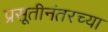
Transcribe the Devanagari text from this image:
प्रसूतीनंतरच्या